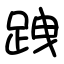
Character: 跩